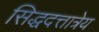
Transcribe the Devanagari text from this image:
सिद्धदत्तात्रेय